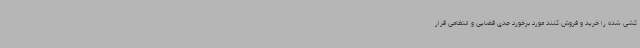
کشی شده را خرید و فروش کنند مورد برخورد جدی قضایی و انتظامی قرار